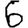
Digit: 6